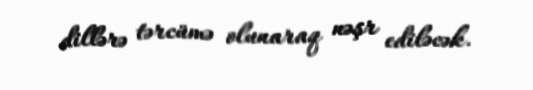
dillərə tərcümə olunaraq nəşr ediləcək.